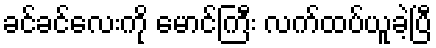
ခင်ခင်လေးကို မောင်ကြီး လက်ထပ်ယူခဲ့ပြီ